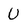
Character: U